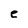
Character: e